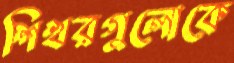
শিখরগুলোকে